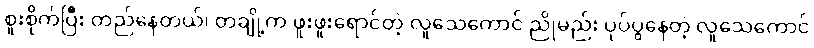
စူးစိုက်ပြီး တည်နေတယ်၊ တချို့က ဖူးဖူးရောင်တဲ့ လူသေကောင် ညိုမည်း ပုပ်ပွနေတဲ့ လူသေကောင်